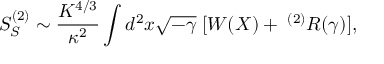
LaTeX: S _ { S } ^ { ( 2 ) } \sim \frac { K ^ { 4 / 3 } } { \kappa ^ { 2 } } \int d ^ { 2 } x \sqrt { - \gamma } \; [ W ( X ) + \; ^ { ( 2 ) } R ( \gamma ) ] ,